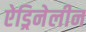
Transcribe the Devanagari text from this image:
ऐड्रिनेलीन